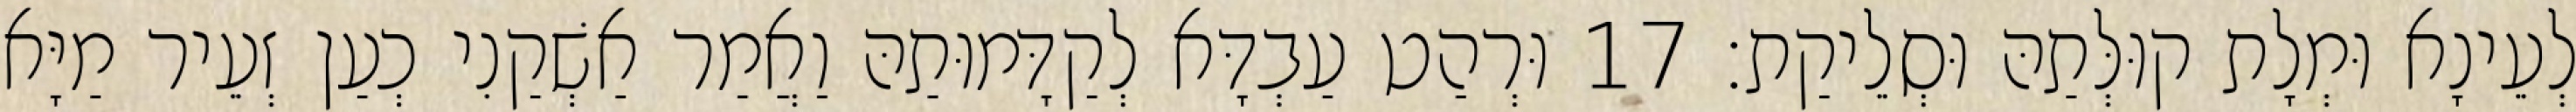
לְעֵינָא וּמְלָת קוּלְּתַהּ וּסְלֵיקַת׃ 17 וּרְהַט עַבְדָּא לְקַדָּמוּתַהּ וַאֲמַר אַשְׁקַנִי כְעַן זְעֵיר מַיָּא